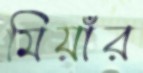
মিয়াঁর